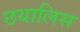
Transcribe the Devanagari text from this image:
छयालिस